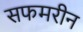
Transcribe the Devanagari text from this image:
सफमरीन